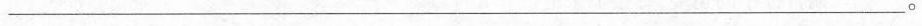
___。